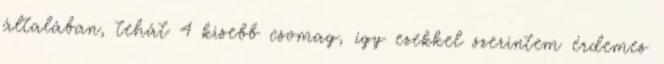
általában, tehát 4 kisebb csomag, így ezekkel szerintem érdemes